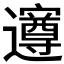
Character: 𮟡